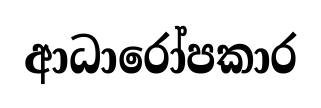
ආධාරෝපකාර